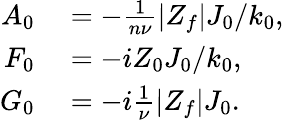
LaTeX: \begin{array}{rl}{A_{0}}&{{}=-\frac{1}{n\nu}\left|Z_{f}\right|J_{0}/k_{0},}\\ {F_{0}}&{{}=-iZ_{0}J_{0}/k_{0},}\\ {G_{0}}&{{}=-i\frac{1}{\nu}\left|Z_{f}\right|J_{0}.}\end{array}